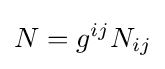
N=g^{ij}N_{ij}